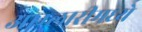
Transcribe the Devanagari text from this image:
आम्लारीमध्ये